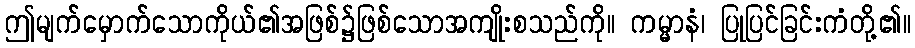
ဤမျက်မှောက်သောကိုယ်၏အဖြစ်၌ဖြစ်သောအကျိုးစသည်ကို။ ကမ္မာနံ၊ ပြုပြင်ခြင်းကံတို့၏။